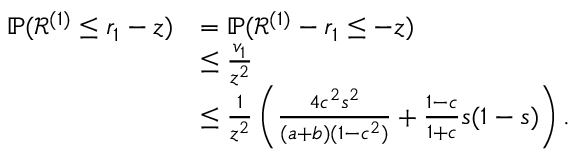
\begin{array} { r l } { \mathbb { P } ( { \mathcal { R } } ^ { ( 1 ) } \leq r _ { 1 } - z ) } & { = \mathbb { P } ( { \mathcal { R } } ^ { ( 1 ) } - r _ { 1 } \leq - z ) } \\ & { \leq \frac { v _ { 1 } } { z ^ { 2 } } } \\ & { \leq \frac { 1 } { z ^ { 2 } } \left( \frac { 4 c ^ { 2 } s ^ { 2 } } { ( a + b ) ( 1 - c ^ { 2 } ) } + \frac { 1 - c } { 1 + c } s ( 1 - s ) \right) . } \end{array}